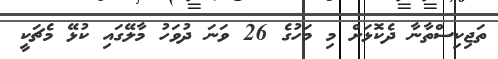
ތަޖިކިސްތާނާ ދެކޮޅަށް މި މަހުގެ 26 ވަނަ ދުވަހު މާލޭގައި ކުޅޭ މެޗަކީ